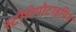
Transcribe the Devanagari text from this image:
स्टीरियोटाइपिंग